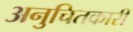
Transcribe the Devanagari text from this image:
अनुचितकारी